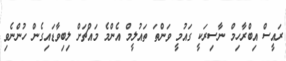
ރައީސް އިބްރާހިމް ނާސިރަކީ ގައުމީ ވަންތަ ތައުލީމް އެންމެ މައްޗަށް ލިބިވާޑައިގެން ހުންނެވި